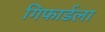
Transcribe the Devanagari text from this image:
गिफार्डला